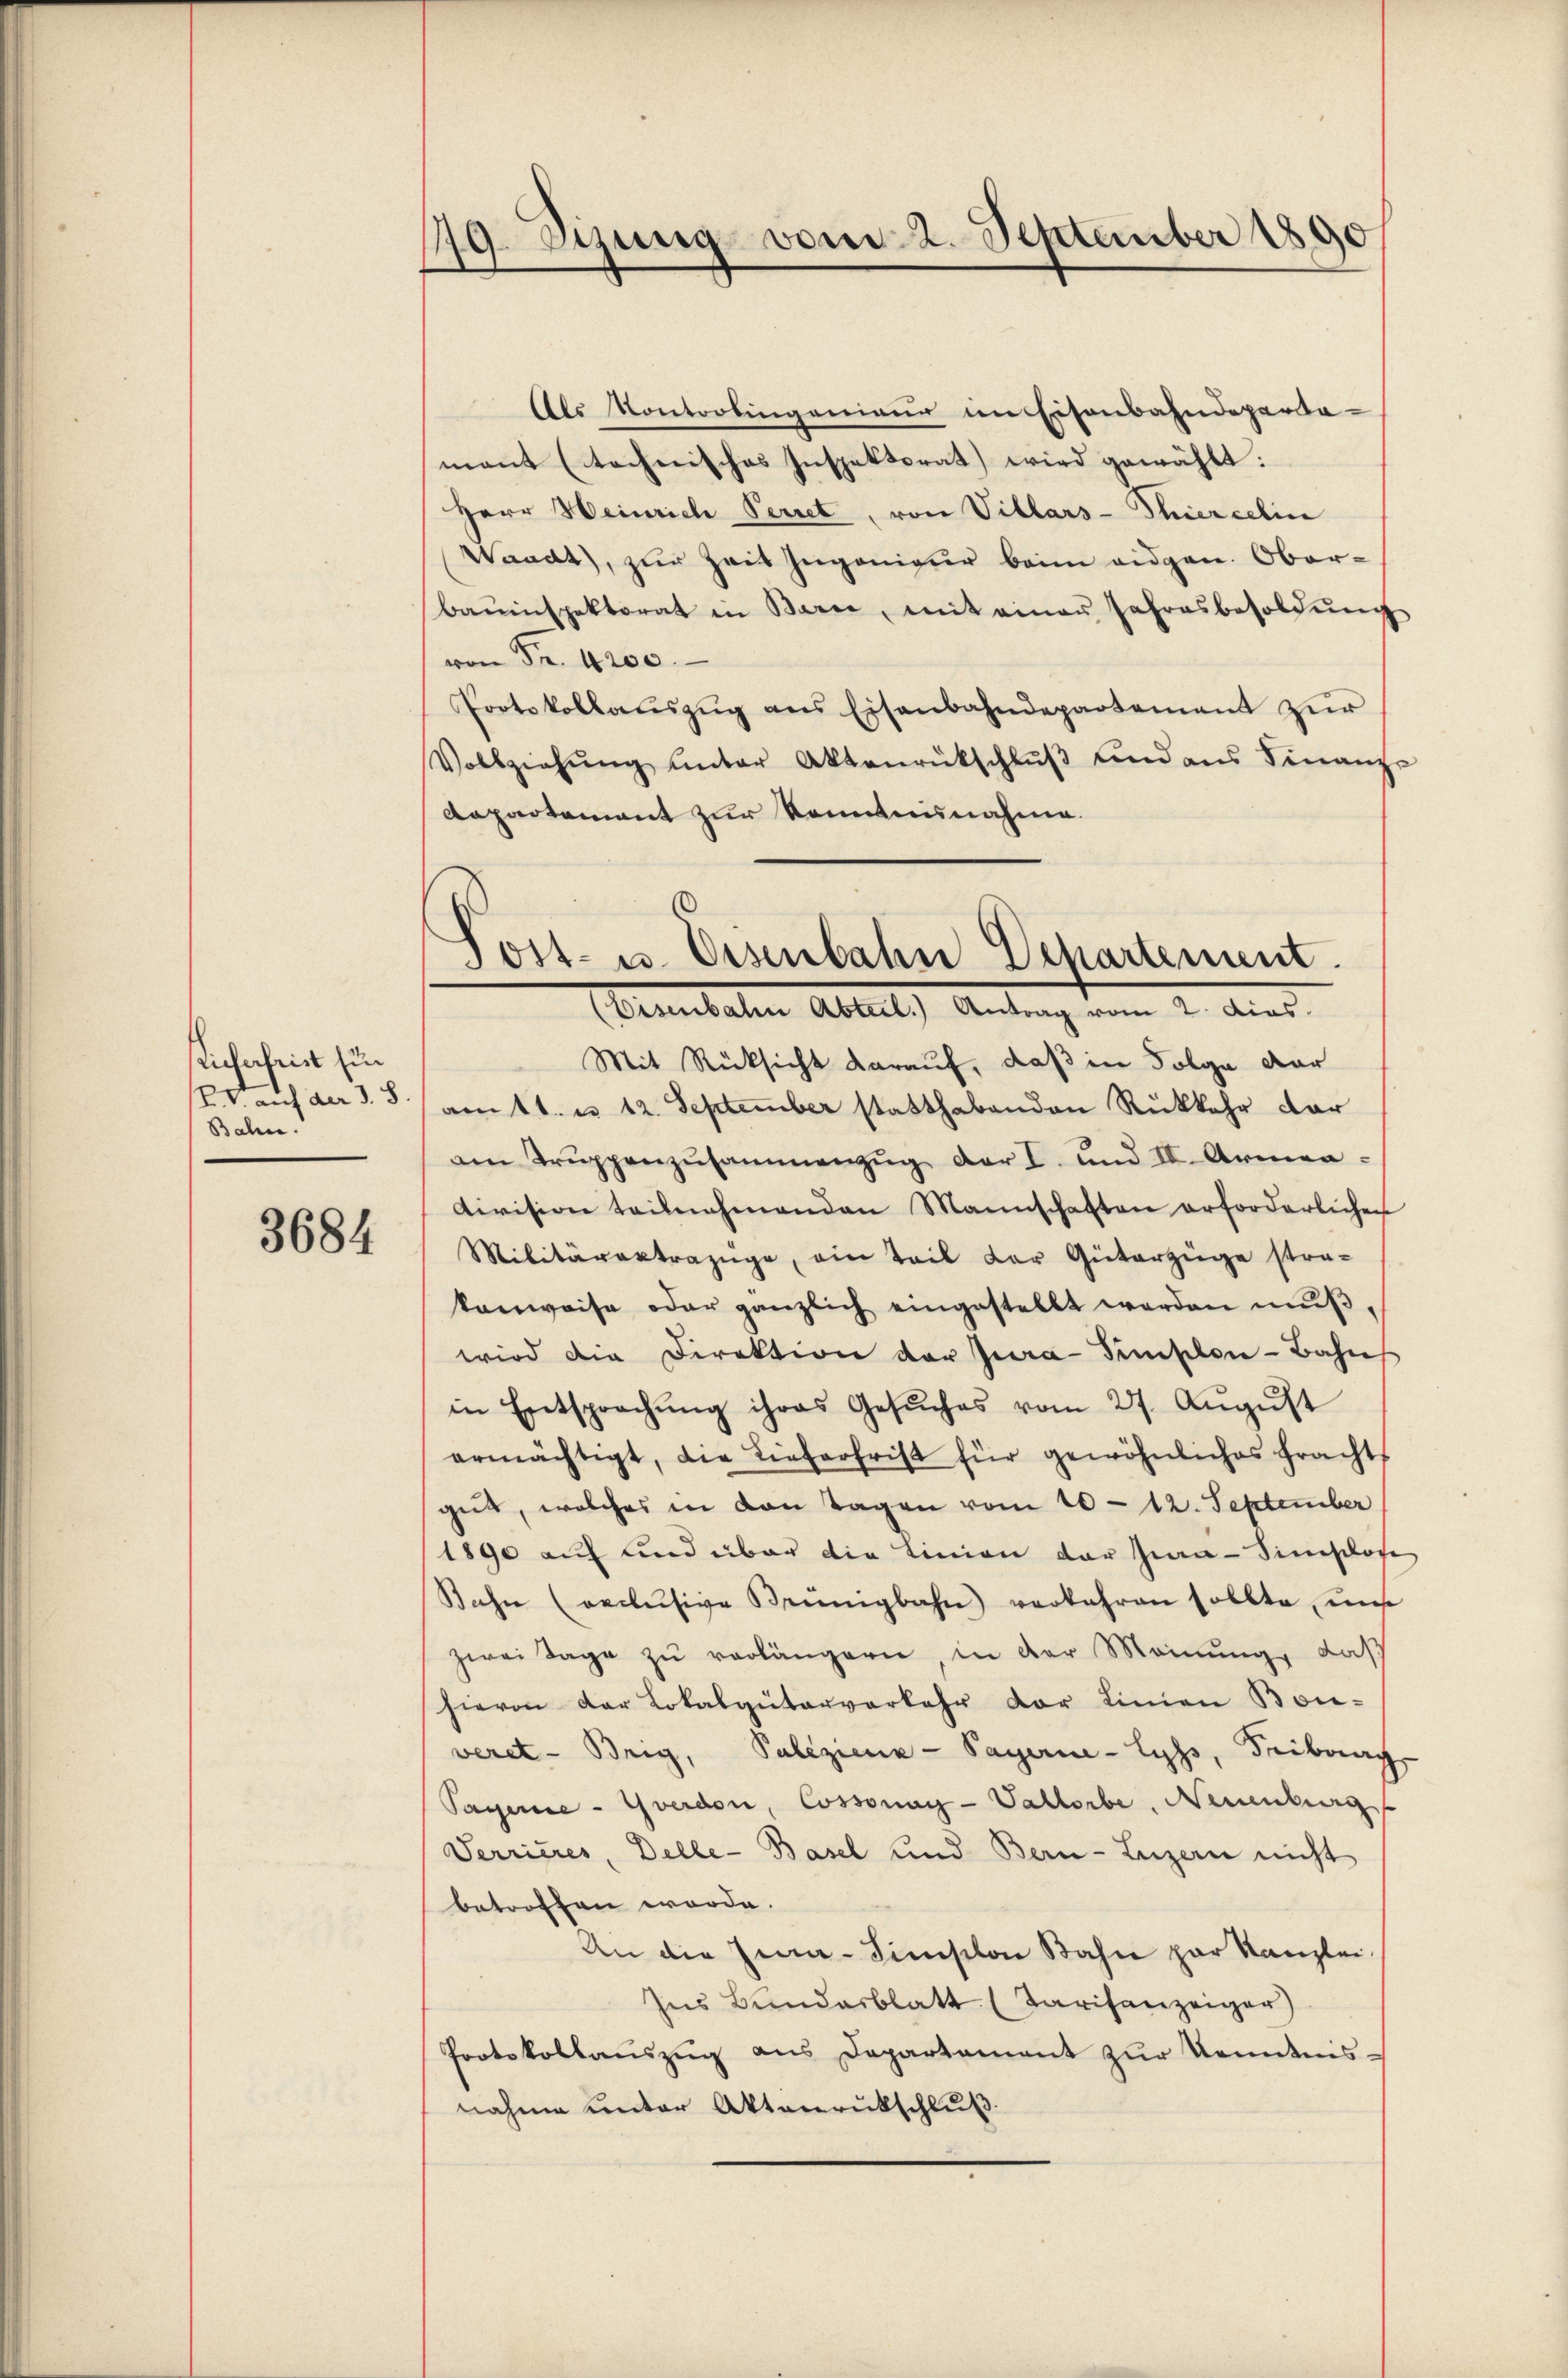
Kicherheist sin
V auf der 3. 8.
Bahn.

3684

Als Kontrolingenieur im Eisenbahndeparta-
mant (technisches Inspektorat wird gewählt:
Herr Weinrich Perret, von Villars-Thiercelin
Waadt, zur Zeit Jugenieur beim eidgen. Oberbauinspektorat in Barce, mit einer Jahresbesoldŭng
von Fr. 4200.
Protokollaŭszŭg ans Eisenbahndepartement zŭr
Vollziehŭng ŭnter Aktenrückschlŭβ ŭnd ans Finanz-
Aapartement zur Kontannahme.

19 Stzung vom 2. September 1890

Post- u. Eisenbahn Departement.
(Eisenbahn Abteil.) Antrag vom 2. dies.

Mit Rücksicht darauf, daß in Folge dar
amtt. u 12. September statthabenden Rükkehr dar
am Trŭppenzusammenzŭg der I. und II. Armen-
division teilnehmenden Mannschaften erforderlichen
Militärertrazüge, ein Teil der Güterzüge stra-
kanweise oder gänzlich eingestellt werden muß,
wird die Direktion der Jura Finslon-Bahn
in Entsprechŭng ihres Gesŭches vom 27. Aŭgŭst
ermächtigt, die Lieferfrist für gewöhnliches frachts
gut, welches in den Tagen vom 10. 12. September
1890 auf und über die Linien der hina-Sinischofe
Bahn (oeclŭsive Brünigbahn verbahren sollte, uns
zwei Tage zu verlängern in der Meinung, daß
hievon der Lokalgüterverkehr der Linien Bon-
veret-Brig, Polizienk-Payerne-Lyss, Freiburg,
Payerie- Yverdon, Cossonay-Vallorbe, Neuenburg
Serrieres, Delle-Basel und Bern- Luzern nicht
betroffen worde.
An die Eina-Simischon Bahn par Kanzlei
Ins Bundesblatt (Tarifanzeiger
Protokollaŭszŭg ans Departament zŭr Kenntnis-
nahme unter Aktenrutschluß